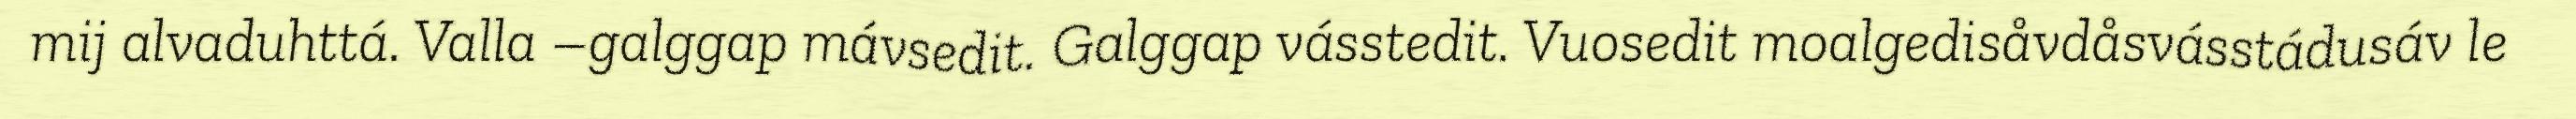
mij alvaduhttá. Valla –galggap mávsedit. Galggap vásstedit. Vuosedit moalgedisåvdåsvásstádusáv le